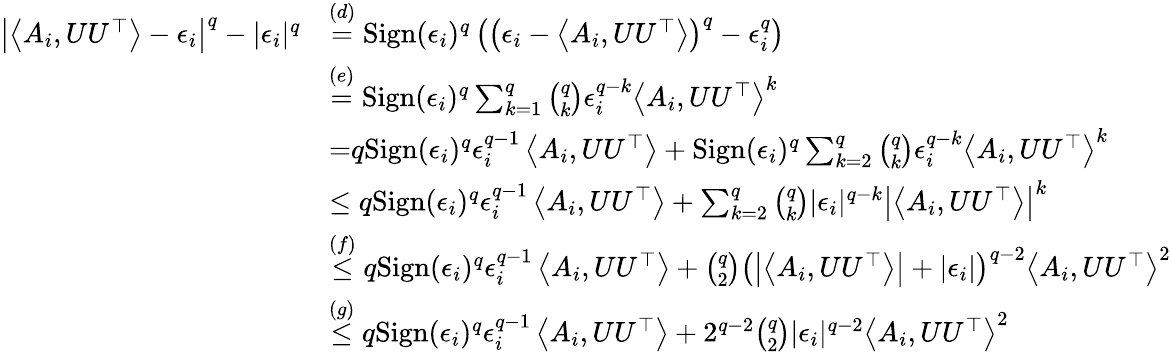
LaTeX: \begin{array}{rl}{\left|\left\langle A_{i},UU^{\top}\right\rangle-\epsilon_{i}\right|^{q}-|\epsilon_{i}|^{q}}&{\stackrel{(d)}{=}\mathrm{Sign}(\epsilon_{i})^{q}\left(\left(\epsilon_{i}-\left\langle A_{i},UU^{\top}\right\rangle\right)^{q}-\epsilon_{i}^{q}\right)}\\ &{\stackrel{(e)}{=}\mathrm{Sign}(\epsilon_{i})^{q}\sum_{k=1}^{q}\binom{q}{k}\epsilon_{i}^{q-k}\left\langle A_{i},UU^{\top}\right\rangle^{k}}\\ &{{=}q\mathrm{Sign}(\epsilon_{i})^{q}\epsilon_{i}^{q-1}\left\langle A_{i},UU^{\top}\right\rangle+\mathrm{Sign}(\epsilon_{i})^{q}\sum_{k=2}^{q}\binom{q}{k}\epsilon_{i}^{q-k}\left\langle A_{i},UU^{\top}\right\rangle^{k}}\\ &{\leq q\mathrm{Sign}(\epsilon_{i})^{q}\epsilon_{i}^{q-1}\left\langle A_{i},UU^{\top}\right\rangle+\sum_{k=2}^{q}\binom{q}{k}|\epsilon_{i}|^{q-k}\left|\left\langle A_{i},UU^{\top}\right\rangle\right|^{k}}\\ &{\stackrel{(f)}{\leq}q\mathrm{Sign}(\epsilon_{i})^{q}\epsilon_{i}^{q-1}\left\langle A_{i},UU^{\top}\right\rangle+\binom{q}{2}\left(\left|\left\langle A_{i},UU^{\top}\right\rangle\right|+|\epsilon_{i}|\right)^{q-2}\left\langle A_{i},UU^{\top}\right\rangle^{2}}\\ &{\stackrel{(g)}{\leq}q\mathrm{Sign}(\epsilon_{i})^{q}\epsilon_{i}^{q-1}\left\langle A_{i},UU^{\top}\right\rangle+2^{q-2}\binom{q}{2}|\epsilon_{i}|^{q-2}\left\langle A_{i},UU^{\top}\right\rangle^{2}}\end{array}